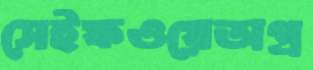
সেইফওয়েঅগ্র